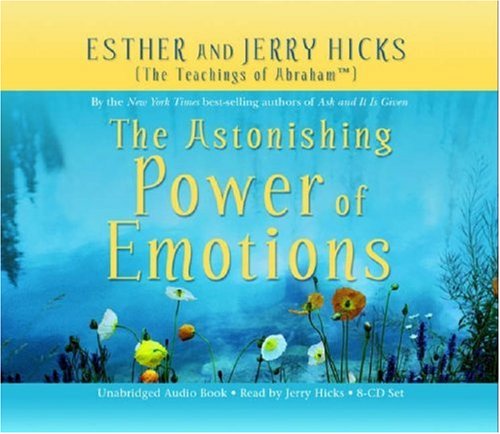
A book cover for The Astonishing Power of Emotions 8-CD set; Esther Hicks; Religion & Spirituality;